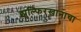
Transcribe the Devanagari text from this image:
झुल्फिरखानाचा